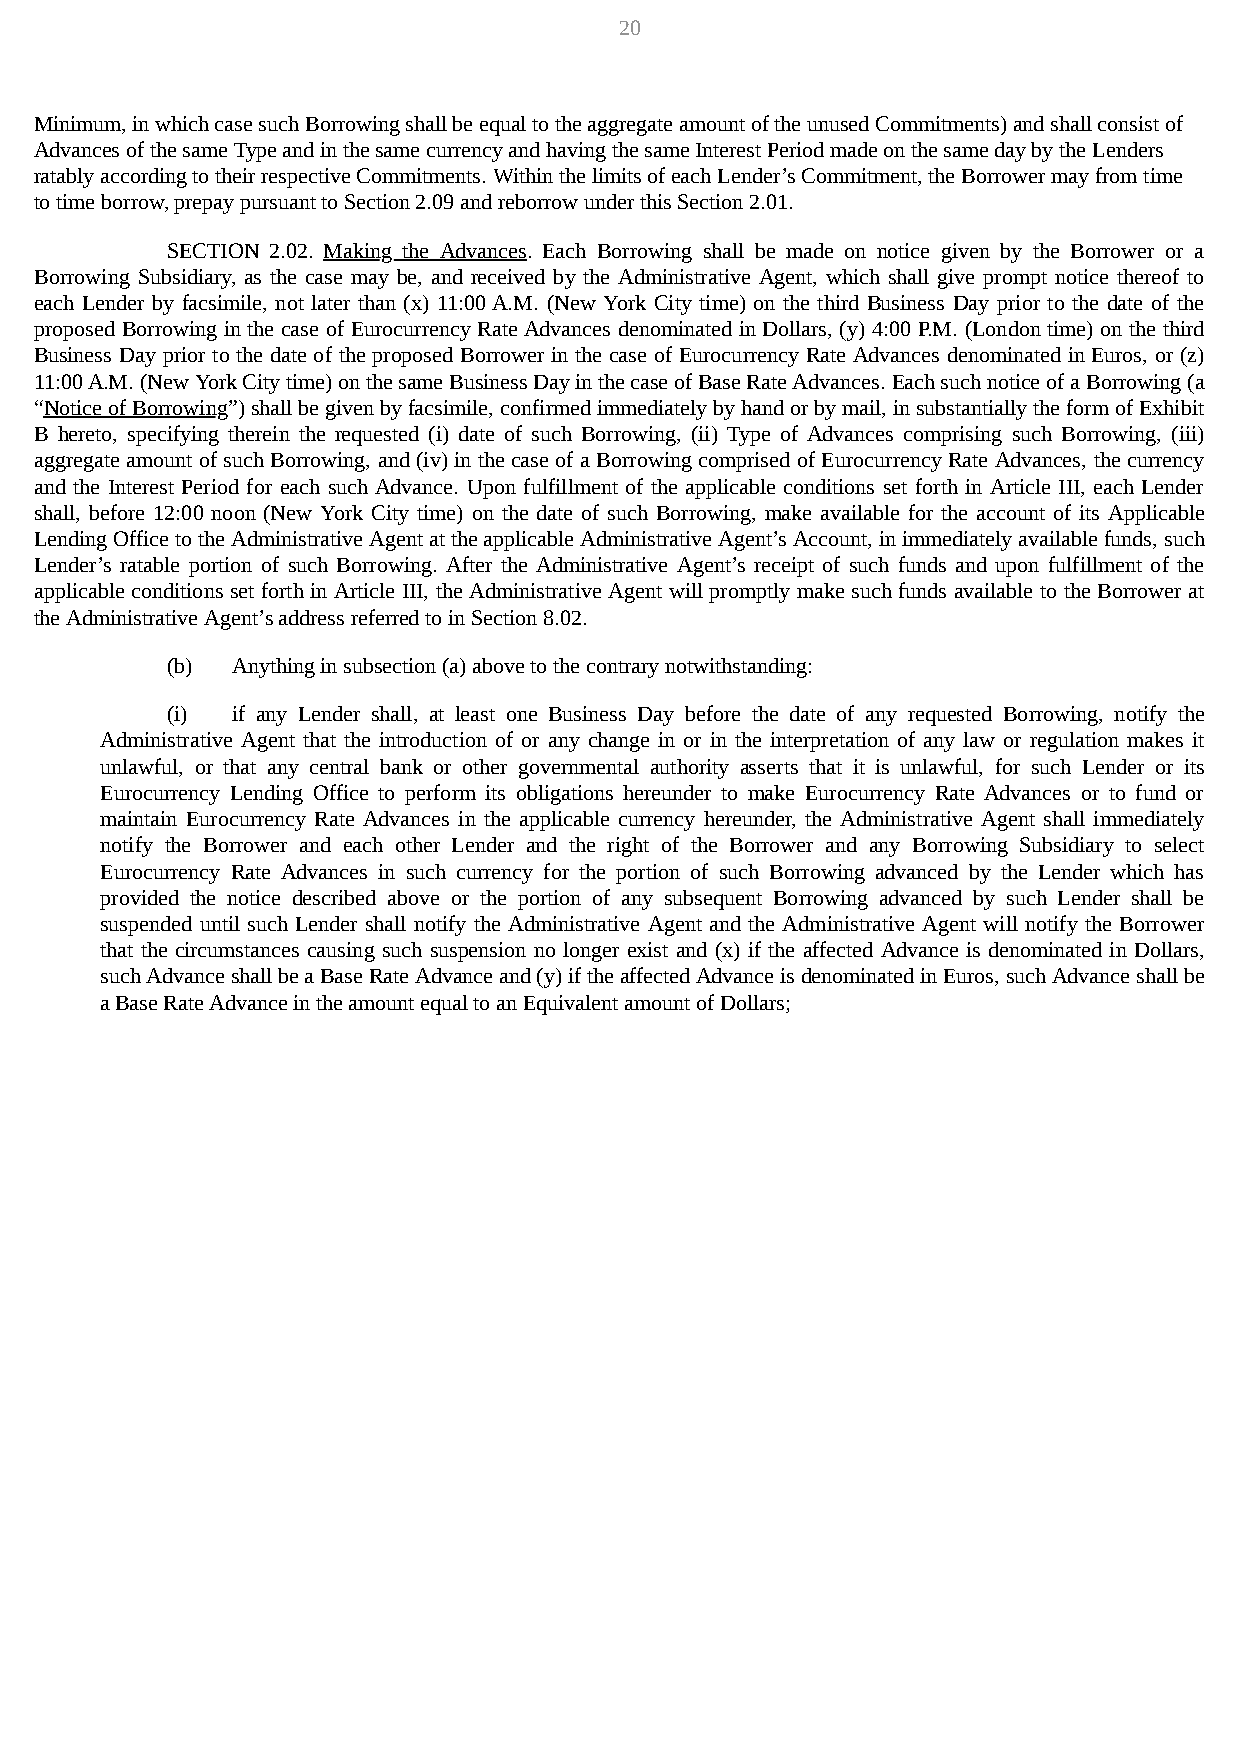
20
 Minimum, in which case such Borrowing shall be equal to the aggregate amount of the unused Commitments) and shall consist of
 Advances of the same Type and in the same currency and having the same Interest Period made on the same day by the Lenders
 ratably according to their respective Commitments. Within the limits of each Lender’s Commitment, the Borrower may from time
 to time borrow, prepay pursuant to Section 2.09 and reborrow under this Section 2.01.
 SECTION 2.02. Making the Advances. Each Borrowing shall be made on notice given by the Borrower or a
 Borrowing Subsidiary, as the case may be, and received by the Administrative Agent, which shall give prompt notice thereof to
 each Lender by facsimile, not later than (x) 11:00 A.M. (New York City time) on the third Business Day prior to the date of the
 proposed Borrowing in the case of Eurocurrency Rate Advances denominated in Dollars, (y) 4:00 P.M. (London time) on the third
 Business Day prior to the date of the proposed Borrower in the case of Eurocurrency Rate Advances denominated in Euros, or (z)
 11:00 A.M. (New York City time) on the same Business Day in the case of Base Rate Advances. Each such notice of a Borrowing (a
 “Notice of Borrowing”) shall be given by facsimile, confirmed immediately by hand or by mail, in substantially the form of Exhibit
 B hereto, specifying therein the requested (i) date of such Borrowing, (ii) Type of Advances comprising such Borrowing, (iii)
 aggregate amount of such Borrowing, and (iv) in the case of a Borrowing comprised of Eurocurrency Rate Advances, the currency
 and the Interest Period for each such Advance. Upon fulfillment of the applicable conditions set forth in Article III, each Lender
 shall, before 12:00 noon (New York City time) on the date of such Borrowing, make available for the account of its Applicable
 Lending Office to the Administrative Agent at the applicable Administrative Agent’s Account, in immediately available funds, such
 Lender’s ratable portion of such Borrowing. After the Administrative Agent’s receipt of such funds and upon fulfillment of the
 applicable conditions set forth in Article III, the Administrative Agent will promptly make such funds available to the Borrower at
 the Administrative Agent’s address referred to in Section 8.02.
 (b) Anything in subsection (a) above to the contrary notwithstanding:
 (i) if any Lender shall, at least one Business Day before the date of any requested Borrowing, notify the
 Administrative Agent that the introduction of or any change in or in the interpretation of any law or regulation makes it
 unlawful, or that any central bank or other governmental authority asserts that it is unlawful, for such Lender or its
 Eurocurrency Lending Office to perform its obligations hereunder to make Eurocurrency Rate Advances or to fund or
 maintain Eurocurrency Rate Advances in the applicable currency hereunder, the Administrative Agent shall immediately
 notify the Borrower and each other Lender and the right of the Borrower and any Borrowing Subsidiary to select
 Eurocurrency Rate Advances in such currency for the portion of such Borrowing advanced by the Lender which has
 provided the notice described above or the portion of any subsequent Borrowing advanced by such Lender shall be
 suspended until such Lender shall notify the Administrative Agent and the Administrative Agent will notify the Borrower
 that the circumstances causing such suspension no longer exist and (x) if the affected Advance is denominated in Dollars,
 such Advance shall be a Base Rate Advance and (y) if the affected Advance is denominated in Euros, such Advance shall be
 a Base Rate Advance in the amount equal to an Equivalent amount of Dollars;